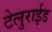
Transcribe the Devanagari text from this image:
टेलुराईड